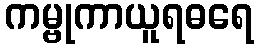
ကမ္ဗုကာယူရဓရေ